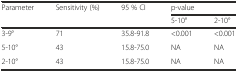
<table><thead><tr><td><b>Parameter</b></td><td><b>Sensitivity (%)</b></td><td><b>95 % CI</b></td><td colspan="2"><b>p-value</b></td></tr><tr><td></td><td></td><td></td><td><b>5-10°</b></td><td><b>2-10°</b></td></tr></thead><tbody><tr><td>3-9°</td><td>71</td><td>35.8-91.8</td><td>&lt;0.001</td><td>&lt;0.001</td></tr><tr><td>5-10°</td><td>43</td><td>15.8-75.0</td><td>NA</td><td>NA</td></tr><tr><td>2-10°</td><td>43</td><td>15.8-75.0</td><td>NA</td><td>NA</td></tr></tbody></table>